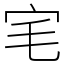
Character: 宒